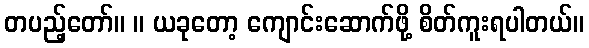
တပည့်တော်။ ။ ယခုတော့ ကျောင်းဆောက်ဖို့ စိတ်ကူးရပါတယ်။